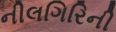
નીલગિરિની